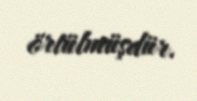
örtülmüşdür.